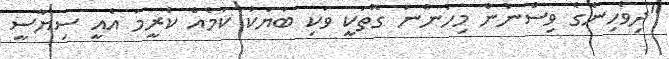
"ދިވެހިންގެ ވިސްނުން މިހުންނަ ގޮތަކީ ވަކި ބަޔަކު ކަމެއް ކުރީމަ އެއީ ސިޔާސީ